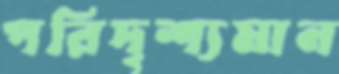
পরিদৃশ্যমান